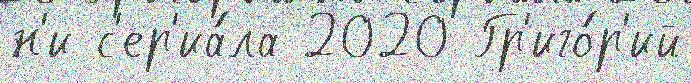
н'и с'ер'иа́ла 2020 Гр'иго́р'ий